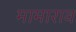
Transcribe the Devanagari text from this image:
मामाराव